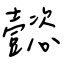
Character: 懿